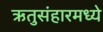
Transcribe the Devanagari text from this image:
ऋतुसंहारमध्ये